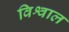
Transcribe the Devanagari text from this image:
विश्वाल